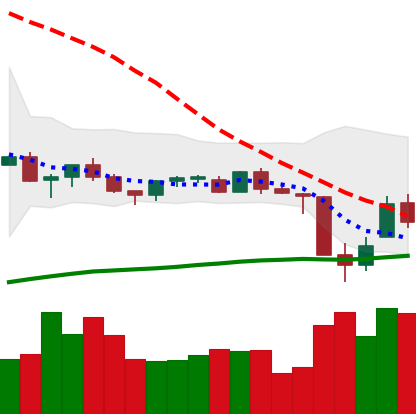
Ticker: TRX-USD
Chart end date: 2021-06-25
Forward return: 10.625%
Label: up_7plus